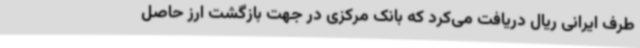
طرف ایرانی ریال دریافت می‌کرد که بانک مرکزی در جهت بازگشت ارز حاصل